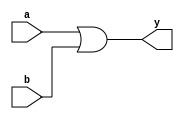
   module or_gate_primitive (
       input wire a,
       input wire b,
       output wire y
   );
       or (y, a, b);
   endmodule